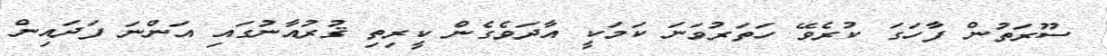
ސޫރަތުން ފާހަގަ ކުރެވޭ ހަތަރުވަނަ ކަމަކީ އާދަވެގެން ކީރިތި ޤުރުއާނުގައި އަންނަ ފަދައިން